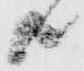
共